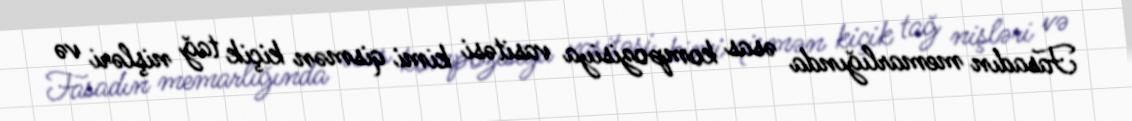
Fasadın memarlığında əsas kompozisiya vasitəsi kimi qismən kiçik tağ nişləri və